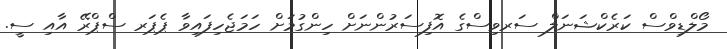
މޯލްޑިވްސް ކަރެކްޝަނަލް ސަރވިސްގެ އޮފިސަރުންނަށް ހިންގުމަށް ހަމަޖެހިފައިވާ ޕެޕަރ ސްޕްރޭ އާއި ސީ.